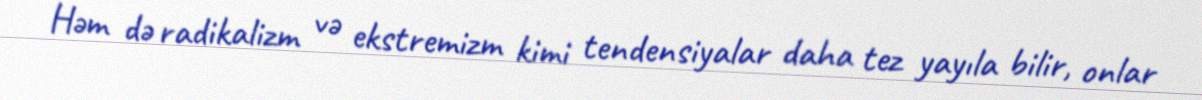
Həm də radikalizm və ekstremizm kimi tendensiyalar daha tez yayıla bilir, onlar